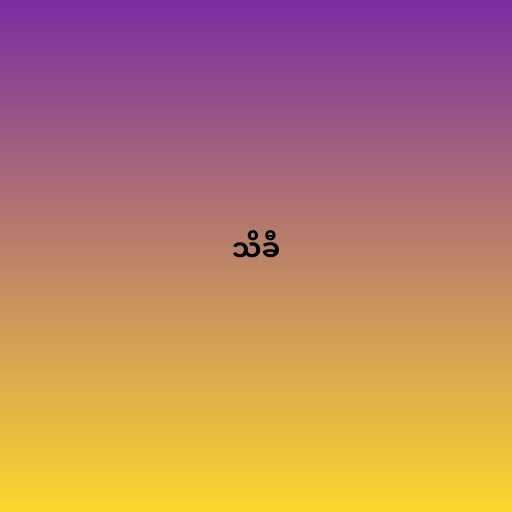
သိခီ